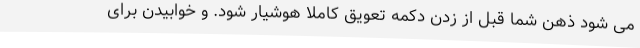
می شود ذهن شما قبل از زدن دکمه تعویق کاملا هوشیار شود. و خوابیدن برای